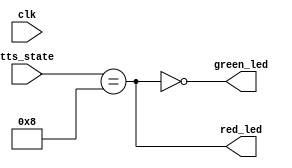
// Module to control front panel LED
// for the Master FPGA status

module led_master_status (
  input  wire clk,
  output wire red_led,
  output wire green_led,
  // status input signals
  input  wire [3:0] tts_state
);

// the LEDs are active low:
//    0 = LED on
//    1 = LED off

// Assignments right now:
//    green LED is on when TTC/TTS is ready
//              e.g., green means "ready"
//    red LED is on otherwise
//              e.g., red means "not ready" or "error"

assign green_led = ~(tts_state[3:0] == 4'b1000);
assign red_led   = ~green_led;

endmodule